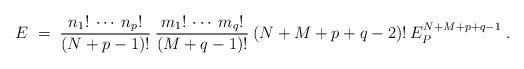
LaTeX: \begin{align*}E \;=\; \frac{n_1! \:\cdots\: n_p!}{(N+p-1)!} \:\frac{m_1! \:\cdots\: m_q!}{(M+q-1)!} \: (N+M+p+q-2)! \:E_P^{N+M+p+q-1}\;. \end{align*}